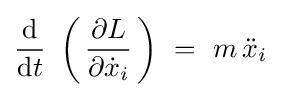
{\frac {\mathrm {d} }{\mathrm {d} t}}\ \left(\,{\frac {\partial L}{\partial {\dot {x}}_{i}}}\,\right)\ =\ m\,{\ddot {x}}_{i}